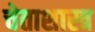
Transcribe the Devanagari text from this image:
चेताशास्त्र